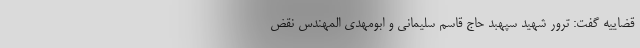
قضاییه گفت: ترور شهید سپهبد حاج قاسم سلیمانی و ابومهدی المهندس نقض